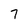
Character: 7